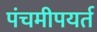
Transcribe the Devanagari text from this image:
पंचमीपयर्त